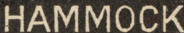
HAMMOCK